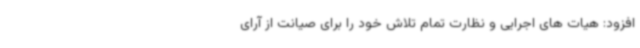
افزود: هیات های اجرایی و نظارت تمام تلاش خود را برای صیانت از آرای